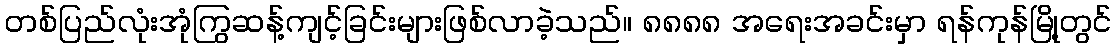
တစ်ပြည်လုံးအုံကြွဆန့်ကျင့်ခြင်းများဖြစ်လာခဲ့သည်။ ၈၈၈၈ အရေးအခင်းမှာ ရန်ကုန်မြို့တွင်